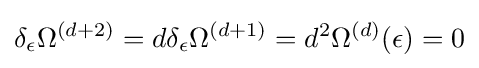
\delta _{\epsilon }\Omega ^{(d+2)}=d\delta _{\epsilon }\Omega ^{(d+1)}=d^{2}\Omega ^{(d)}(\epsilon )=0